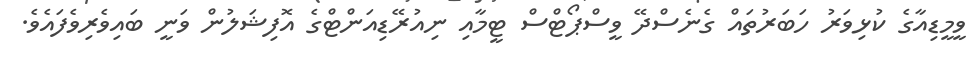
ވީމީޑިއާގެ ކުޅިވަރު ހަބަރުތައް ގެނެސްދޭ ވީސްޕޯޓްސް ޓީމާއި ނިއުރޭޑިއަންޓްގެ އޮފިޝަލުން ވަނީ ބައިވެރިވެފައެވެ.